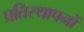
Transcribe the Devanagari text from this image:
प्रतिस्थापनों